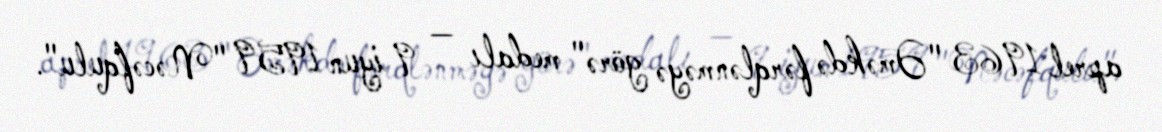
aprel 1963 "Əməkdə fərqlənməyə görə" medalı — 9 iyun 1959 "Nəcəfqulu".